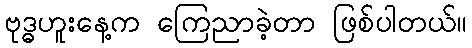
ဗုဒ္ဓဟူးနေ့က ကြေညာခဲ့တာ ဖြစ်ပါတယ်။